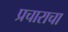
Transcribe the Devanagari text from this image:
प्रचाराचा